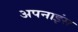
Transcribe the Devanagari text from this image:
अपनाइंस